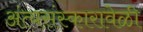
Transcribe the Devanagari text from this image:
अंत्यसंस्कारावेळी